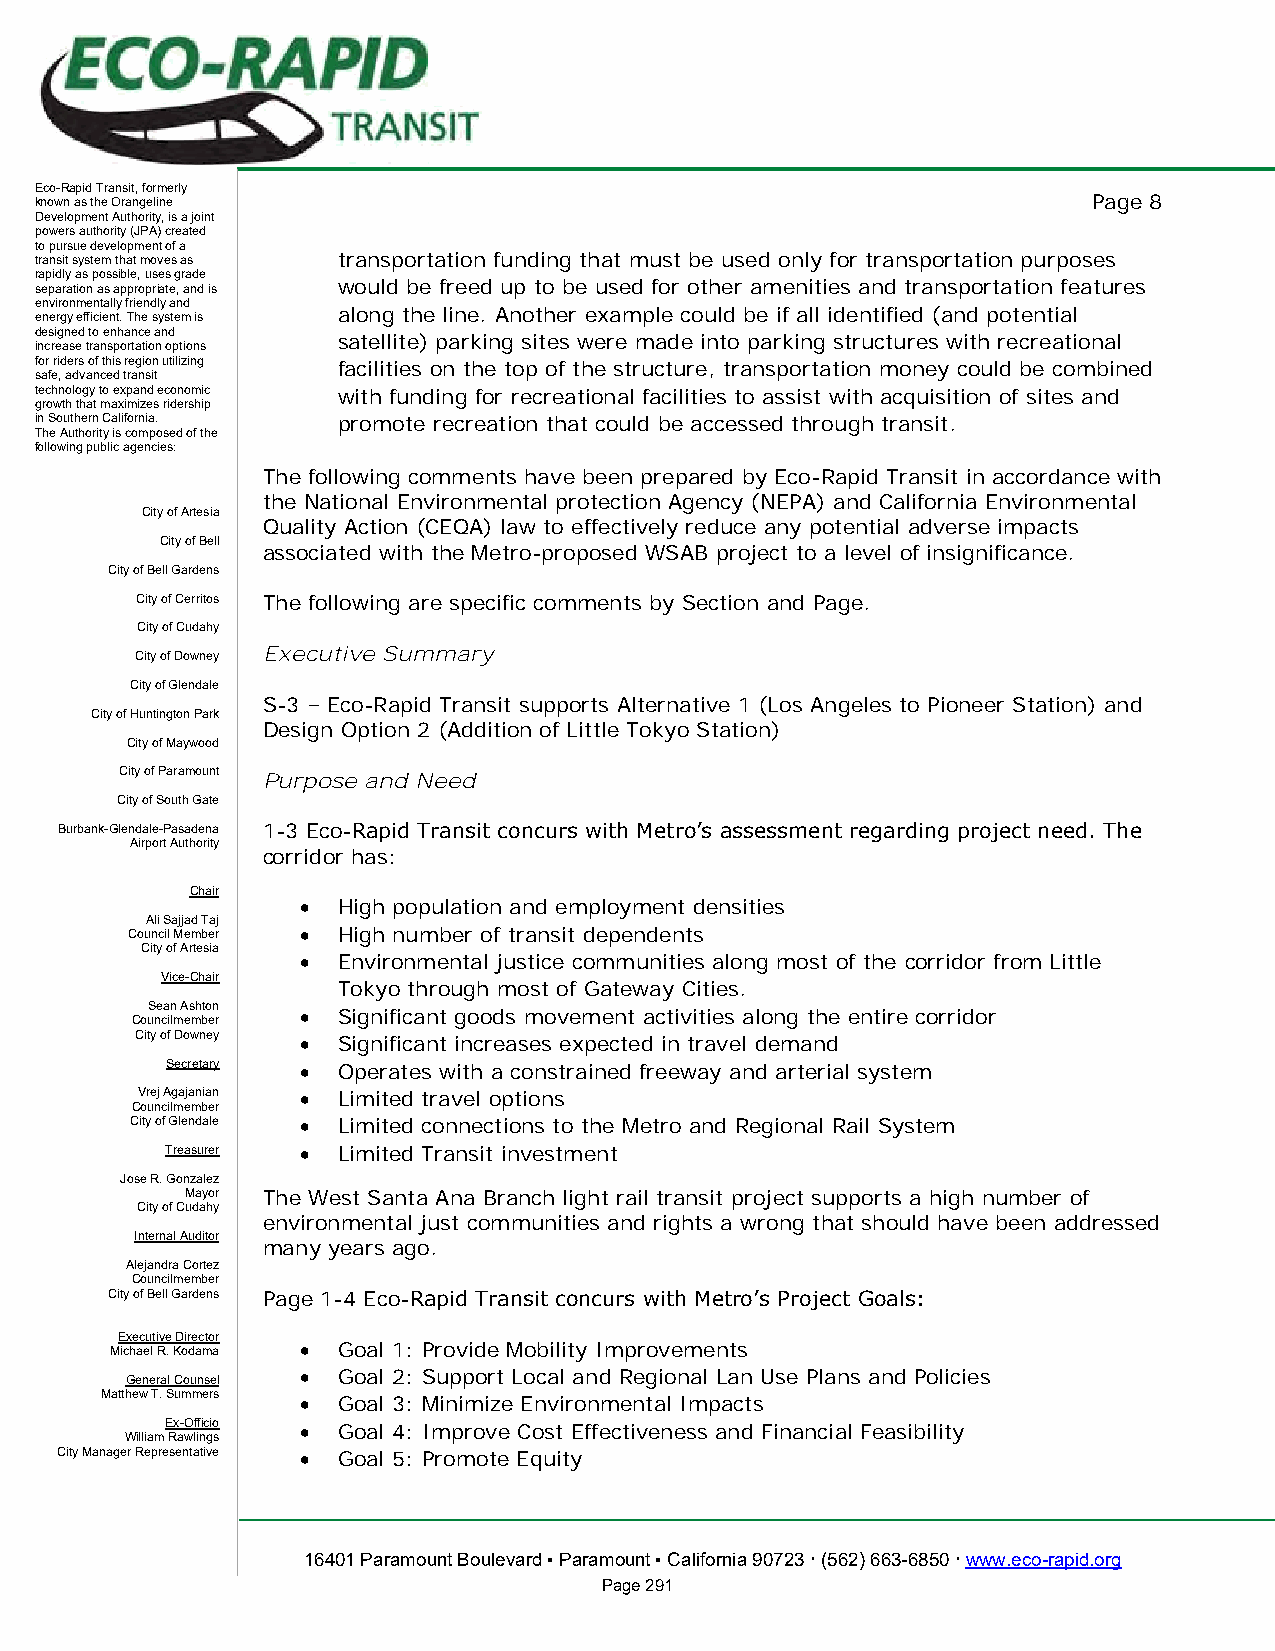
Eco-Rapid Transit, formerly
 known as the Orangeline                                               Page 8
 Development Authority, is a joint
 powers authority (JPA) created
 to pursue development of a
 transit system that moves as transportation funding that must be used only for transportation purposes
 rapidly as possible, uses grade
 separation as appropriate, and is would be freed up to be used for other amenities and transportation features
 environmentally friendly and
 energy efficient. The system is along the line. Another example could be if all identified (and potential
 designed to enhance and
 satellite) parking sites were made into parking structures with recreational
 increase transportation options
 for riders of this region utilizing facilities on the top of the structure, transportation money could be combined
 safe, advanced transit
 technology to expand economic with funding for recreational facilities to assist with acquisition of sites and
 growth that maximizes ridership
 in Southern California. promote recreation that could be accessed through transit.
 The Authority is composed of the
 following public agencies:
 The following comments have been prepared by Eco-Rapid Transit in accordance with
 the National Environmental protection Agency (NEPA) and California Environmental
 City of Artesia
 Quality Action (CEQA) law to effectively reduce any potential adverse impacts
 City of Bell
 associated with the Metro-proposed WSAB project to a level of insignificance.
 City of Bell Gardens
 City of Cerritos The following are specific comments by Section and Page.
 City of Cudahy
 Executive Summary
 City of Downey
 City of Glendale
 S-3 – Eco-Rapid Transit supports Alternative 1 (Los Angeles to Pioneer Station) and
 City of Huntington Park
 Design Option 2 (Addition of Little Tokyo Station)
 City of Maywood
 City of Paramount Purpose and Need
 City of South Gate
 Burbank-Glendale-Pasadena 1-3 Eco-Rapid Transit concurs with Metro’s assessment regarding project need. The
 Airport Authority
 corridor has:
 Chair
 • High population and employment densities
 Ali Sajjad Taj
 Council Member • High number of transit dependents
 City of Artesia
 • Environmental justice communities along most of the corridor from Little
 Vice-Chair
 Tokyo through most of Gateway Cities.
 CouS ne ca in
 lm
 A es mh bto en
 r
 • Significant goods movement activities along the entire corridor
 City of Downey • Significant increases expected in travel demand
 Secretary • Operates with a constrained freeway and arterial system
 Vrej Agajanian • Limited travel options
 Councilmember
 City of Glendale • Limited connections to the Metro and Regional Rail System
 Treasurer • Limited Transit investment
 Jose R. Gonzalez
 Mayor The West Santa Ana Branch light rail transit project supports a high number of
 City of Cudahy
 environmental just communities and rights a wrong that should have been addressed
 Internal Auditor
 many years ago.
 Alejandra Cortez
 Councilmember
 City of Bell Gardens Page 1-4 Eco-Rapid Transit concurs with Metro’s Project Goals:
 Executive Director
 Michael R. Kodama • Goal 1: Provide Mobility Improvements
 General Counsel • Goal 2: Support Local and Regional Lan Use Plans and Policies
 Matthew T. Summers • Goal 3: Minimize Environmental Impacts
 Ex-Officio • Goal 4: Improve Cost Effectiveness and Financial Feasibility
 William Rawlings
 City Manager Representative • Goal 5: Promote Equity
 16401 Paramount Boulevard ▪ Paramount ▪ California 90723  (562) 663-6850  www.eco-rapid.org
 Page 291